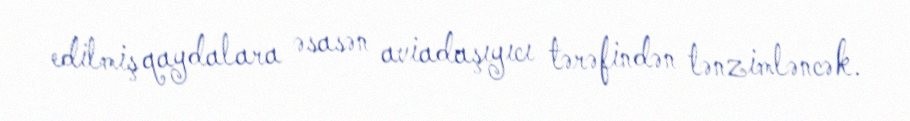
edilmiş qaydalara əsasən aviadaşıyıcı tərəfindən tənzimləncək.